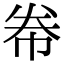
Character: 帣